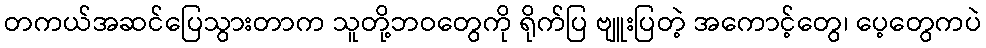
တကယ်အဆင်ပြေသွားတာက သူတို့ဘဝတွေကို ရိုက်ပြ ဗျူးပြတဲ့ အကောင့်တွေ၊ ပေ့တွေကပဲ